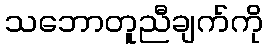
သဘောတူညီချက်ကို